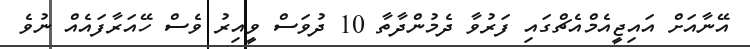
އޭނާއަށް އައިޖީއެމްއެޗްގައި ފަރުވާ ދެމުންދާތާ 10 ދުވަސް ވީއިރު ވެސް ހޭއަރާފައެއް ނުވެ